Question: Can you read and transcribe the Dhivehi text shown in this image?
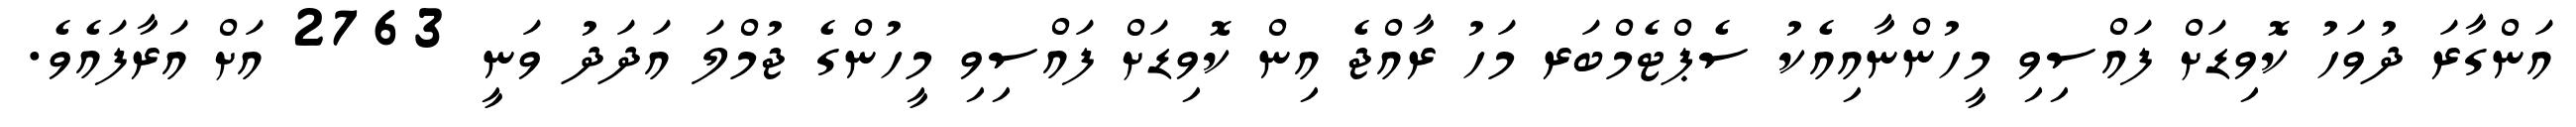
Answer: އަންގާރަ ދުވަހު ކޮވިޑަށް ފައްސިވި މީހުންނާއިއެކު ސެޕްޓެމްބަރ މަހު ރާއްޖެ އިން ކޮވިޑަށް ފައްސިވި މީހުންގެ ޖުމްލަ އަދަދު ވަނީ 2763 އަށް އަރާފައެވެ.